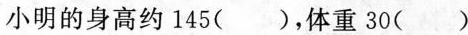
小明的身高约145(), 体重 30( )